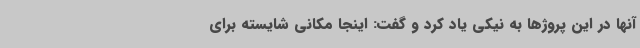
آنها در این پروژها به نیکی یاد کرد و گفت: اینجا مکانی شایسته برای